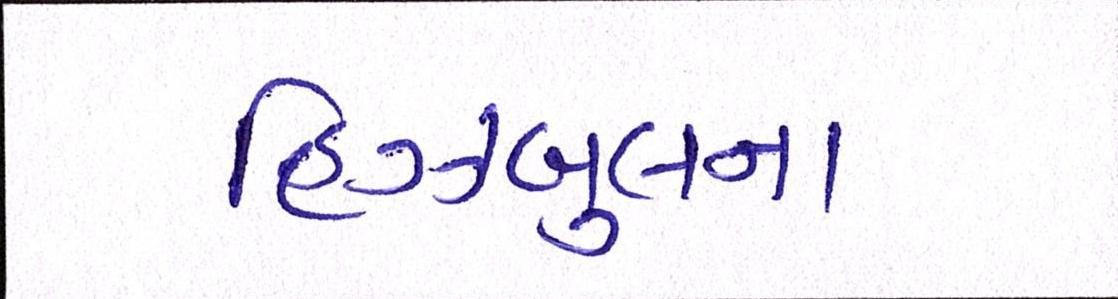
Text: હિઝબુલના